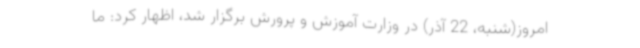
امروز(شنبه، 22 آذر) در وزارت آموزش و پرورش برگزار شد، اظهار کرد: ما